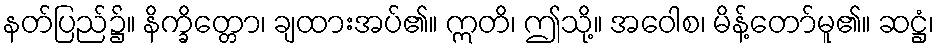
နတ်ပြည်၌။ နိက္ခိတ္တော၊ ချထားအပ်၏။ ဣတိ၊ ဤသို့။ အဝေါစ၊ မိန့်တော်မူ၏။ ဆဋ္ဌံ၊